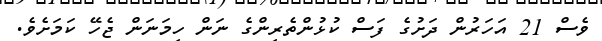
ވެސް 21 އަހަރުން ދަށުގެ ފަސް ކުޅުންތެރިންގެ ނަން ހިމަނަން ޖެހޭ ކަމަށެވެ.